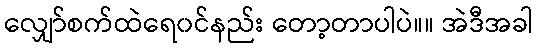
လျှော်စက်ထဲရေ၀င်နည်း တော့တာပါပဲ။။ အဲဒီအခါ